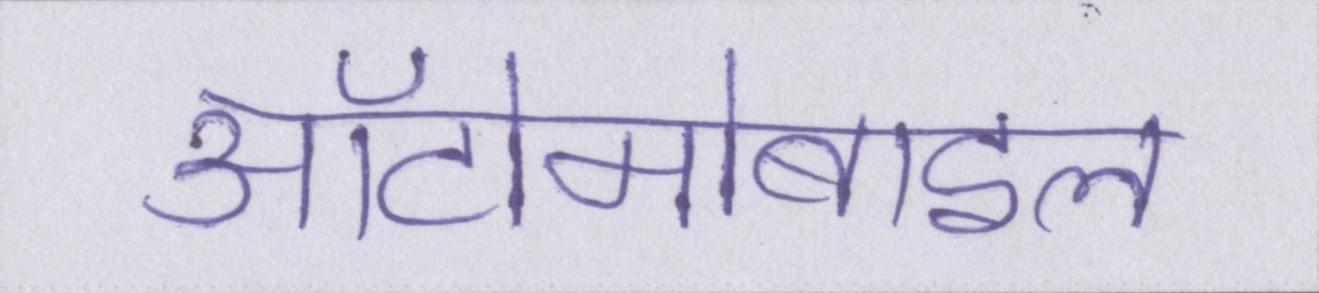
ऑटोमोबाइल